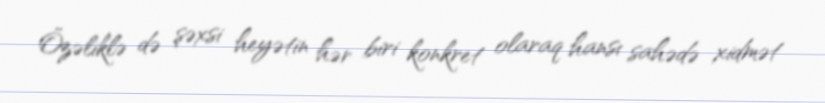
Özəliklə də şəxsi heyətin hər biri konkret olaraq hansı sahədə xidmət